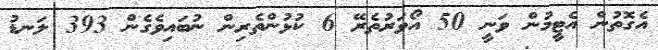
އެގޮތުން އެޓީމުން ވަނީ 50 އޯވަރުތެރޭ 6 ކުޅުންތެރިން ނުބައިވެގެން 393 ލަނޑު